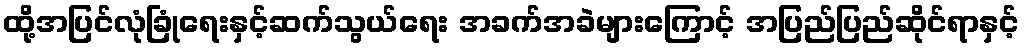
ထို့အပြင်လုံခြုံရေးနှင့်ဆက်သွယ်ရေး အခက်အခဲများကြောင့် အပြည်ပြည်ဆိုင်ရာနှင့်